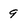
Character: 9